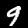
Label: 9